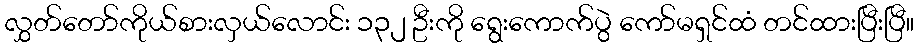
လွှတ်တော်ကိုယ်စားလှယ်လောင်း ၁၃၂ ဦးကို ရွေးကောက်ပွဲ ကော်မရှင်ထံ တင်ထားပြီးပြီ။